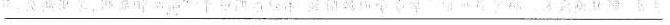
___